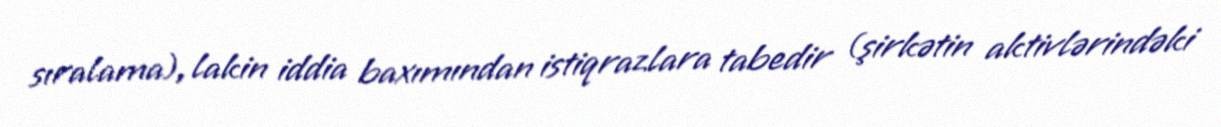
sıralama), lakin iddia baxımından istiqrazlara tabedir (şirkətin aktivlərindəki